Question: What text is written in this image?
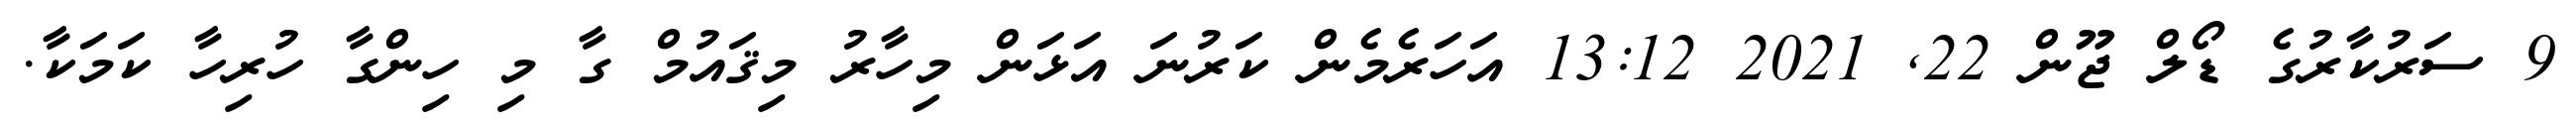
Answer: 9 ސަރުކާރުގެ ޑޯލް ޖޫން 22, 2021 13:12 އަހަރެމެން ކަރުނަ އަޅަން މިހާރު މިޤައުމް ގާ މި ހިންގާ ހުރިހާ ކަމަކާ.